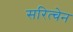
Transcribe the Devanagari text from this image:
सरित्चेन